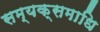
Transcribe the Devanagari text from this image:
सम्यक्समाधि